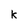
Character: k